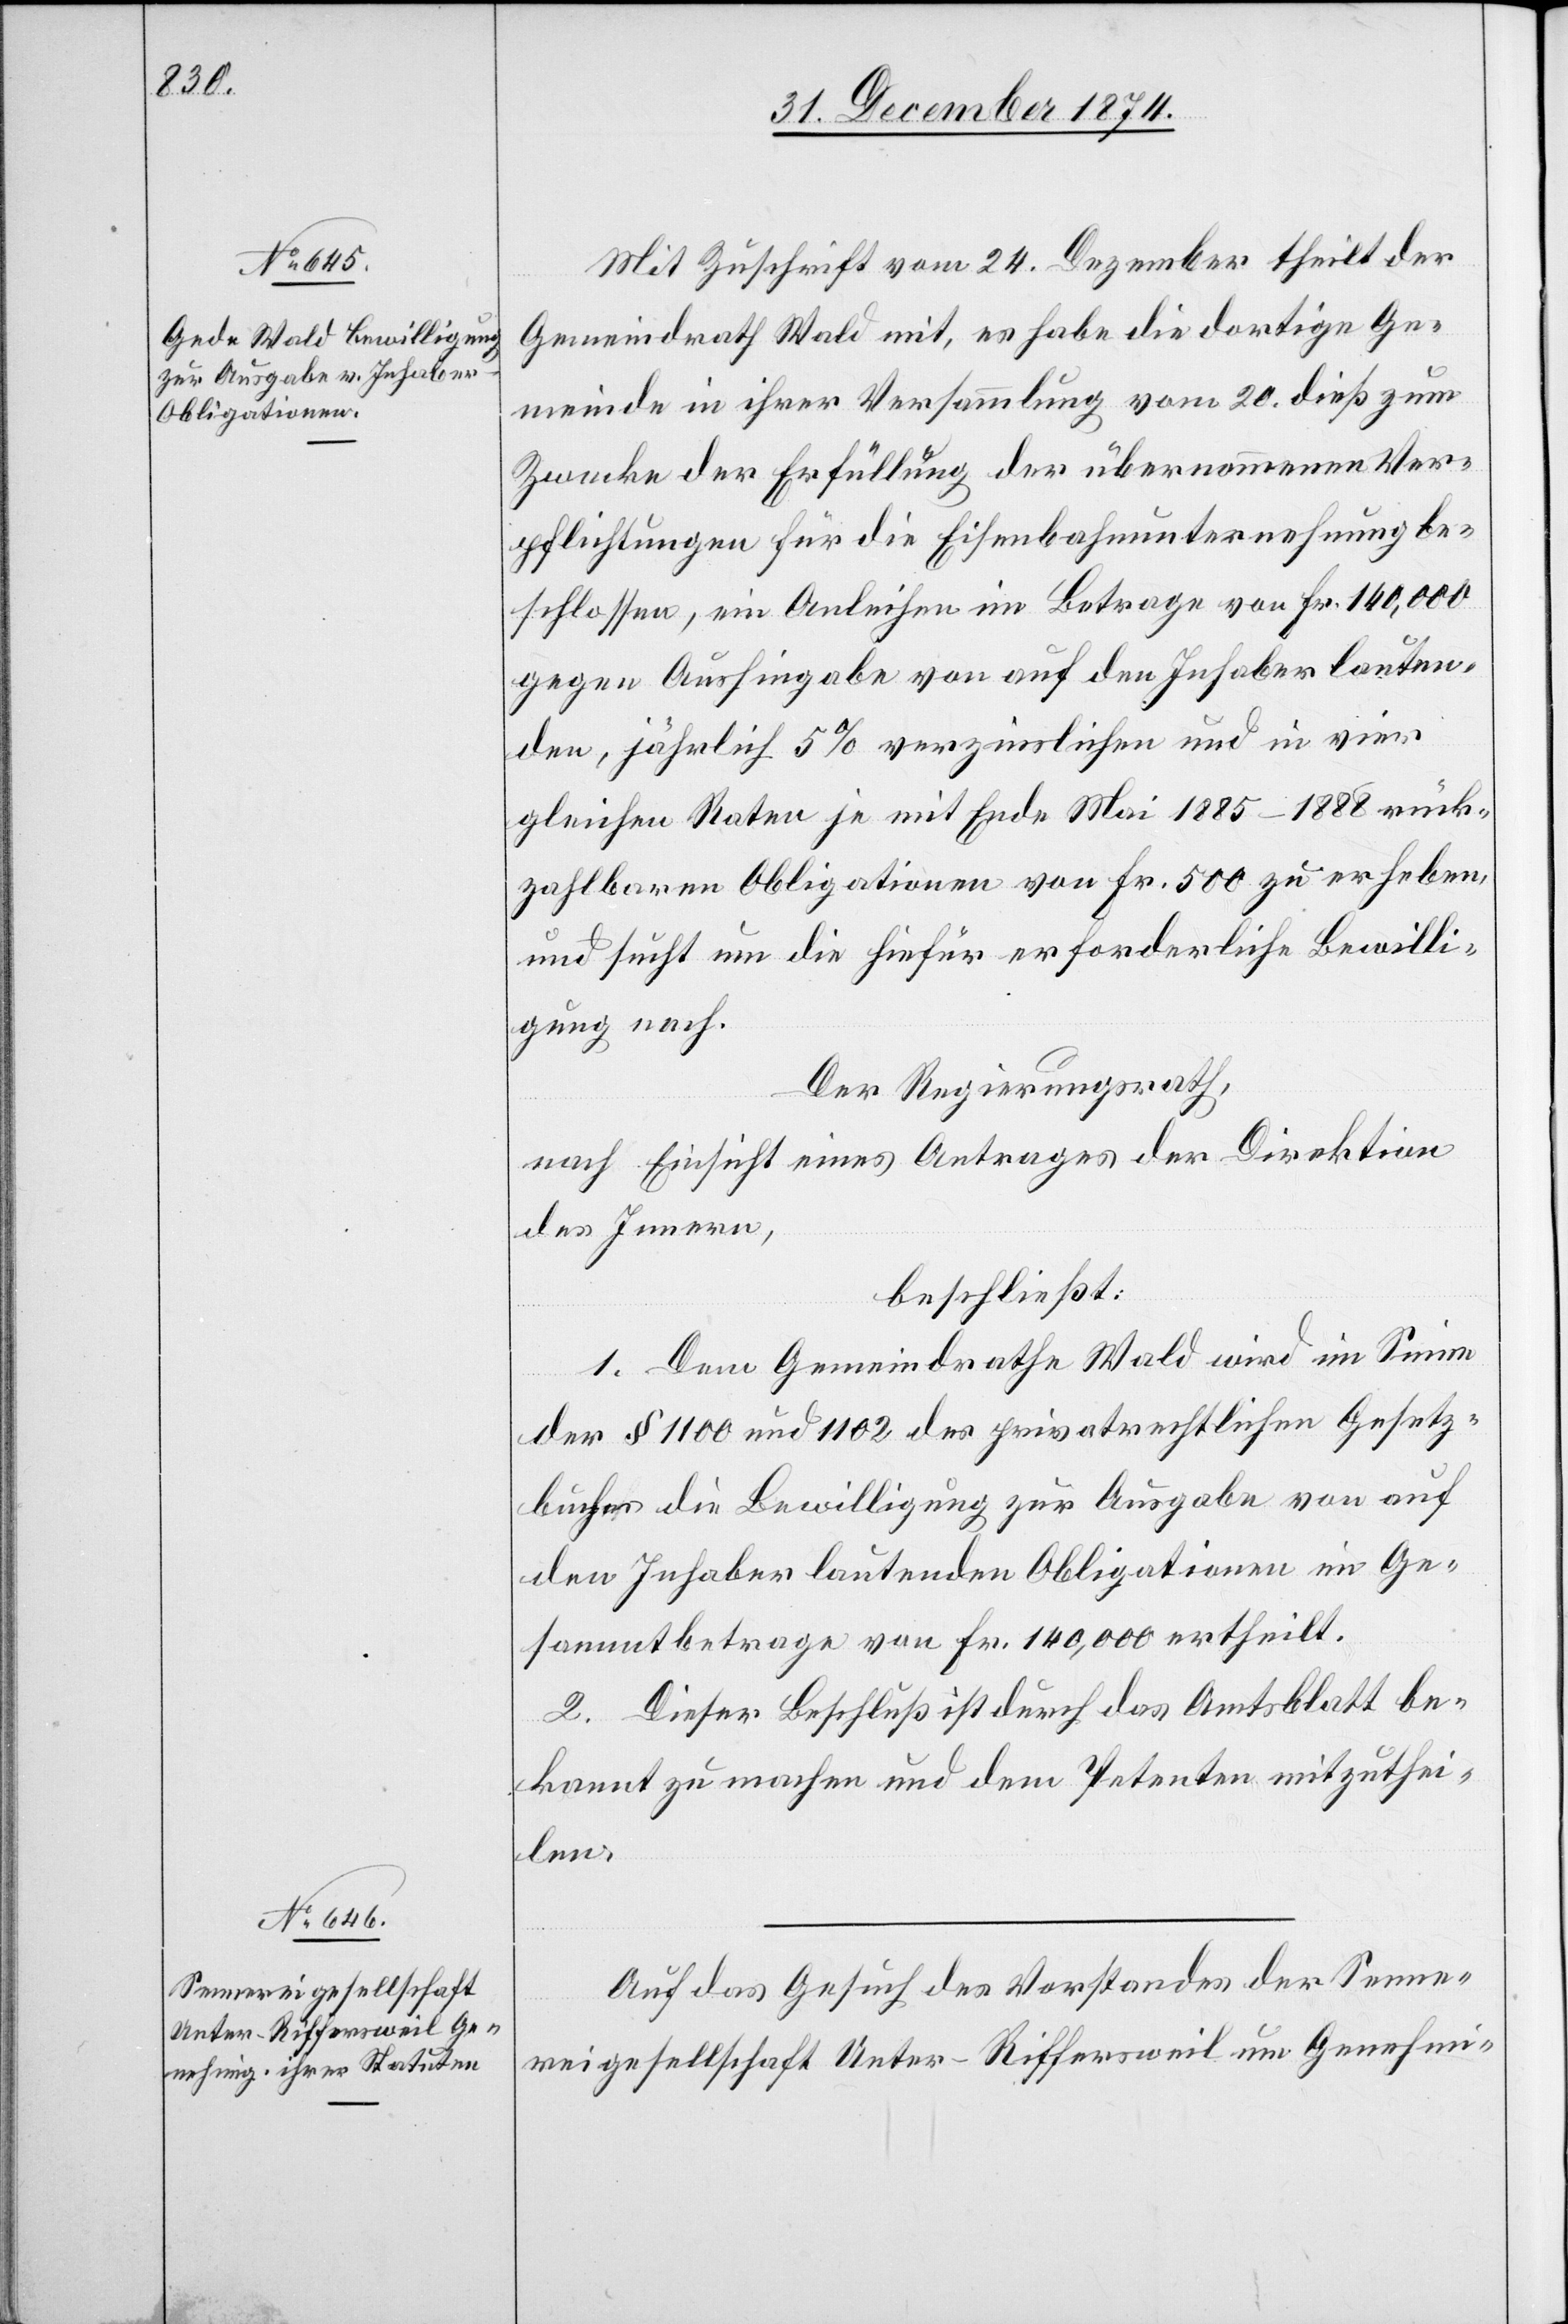
Mit Zuschrift vom 24. Dezember theilt der
Gemeindrath Wald mit, es habe die dortige Ge¬
meinde in ihrer Versammlung vom 20. dieß zum
Zwecke der Erfüllung der übernommenen Ver¬
pflichtungen für die Eisenbahnunternehmung be¬
schlossen, ein Anleihen im Betrage von Fr. 140,000
gegen Aushingabe von auf den Inhaber lauten¬
den, jährlich 5% verzinslichen und in vier
gleichen Raten je mit Ende Mai 1885–1888 rück¬
zahlbaren Obligationen von Fr. 500 zu erheben,
und sucht um die hiefür erforderliche Bewilli¬
gung nach.
Der Regierungsrath,
nach Einsicht eines Antrages der Direktion
des Innern,
beschließt:
1. Dem Gemeindrathe Wald wird im Sinne
der § 1100 und 1102 des privatrechtlichen Gesetz¬
buches die Bewilligung zur Ausgabe von auf
den Inhaber lautenden Obligationen im Ge¬
sammtbetrage von Fr. 140,000 ertheilt.
2. Dieser Beschluß ist durch das Amtsblatt be¬
kannt zu machen und dem Petenten mitzuthei¬
len.
Auf das Gesuch des Vorstandes der Senne¬
reigesellschaft Unter-Riffersweil um Genehmi-